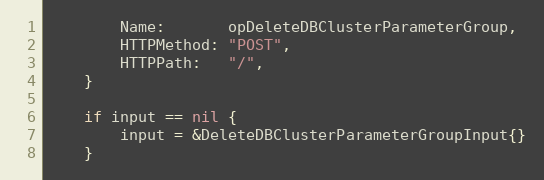
Language: Go
		Name:       opDeleteDBClusterParameterGroup,
		HTTPMethod: "POST",
		HTTPPath:   "/",
	}

	if input == nil {
		input = &DeleteDBClusterParameterGroupInput{}
	}